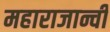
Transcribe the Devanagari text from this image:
महाराजान्ची